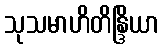
သုသမာဟိတိန္ဒြိယာ